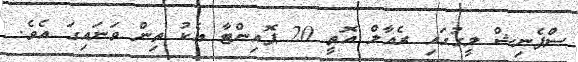
ސްޕެނިޝް ލީގުގައި ރެއާލް އޮތީ 20 ޕޮއިންޓާ އެކު ތިން ވަނައިގަ އެވެ.